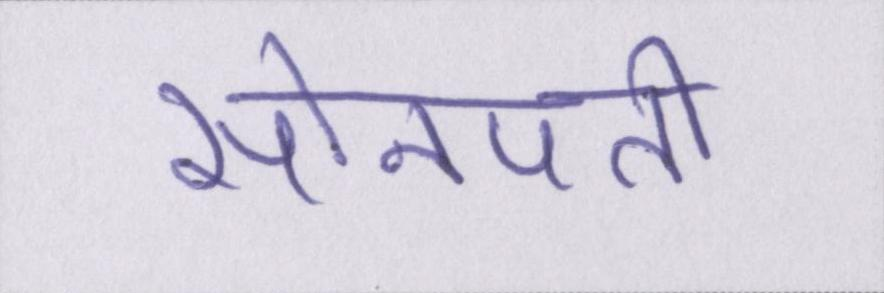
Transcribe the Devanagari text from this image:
सोनपती